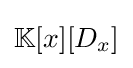
\mathbb {K} [x][D_{x}]